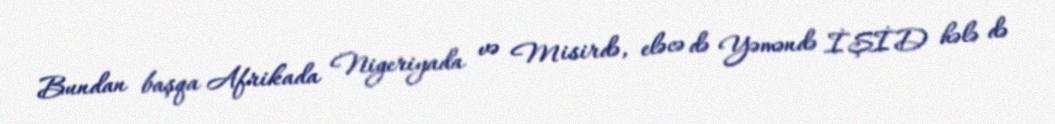
Bundan başqa Afrikada Nigeriyada və Misirdə, eləcə də Yəməndə İŞİD hələ də